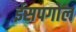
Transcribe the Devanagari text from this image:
ईसपगोल